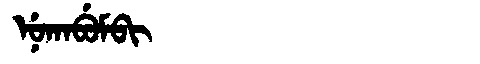
Manchu: ᠨᡠᡴᠠᠪᡠᠮᠪᡳ
Romanization: NUKABUMBI